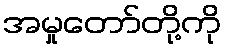
အမှုတော်တို့ကို